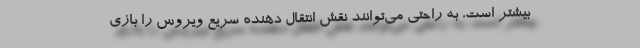
بیشتر است، به راحتی می‌توانند نقش انتقال دهنده سریع ویروس را بازی